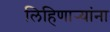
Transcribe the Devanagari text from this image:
लिहिणार्‍यांना